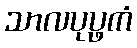
သာလပုပ္ဖကံ